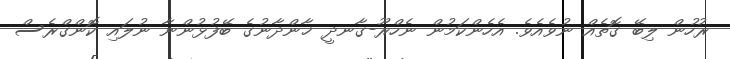
ރުހުން ލިބޭ ގޮތެއް ނުވެއެވެ. އެހެންކަމުން ނެހްރޫ-ގާނދީ ޚާންދާނުގެ ބޭފުޅުންނާ ނުލައި ކޮންގްރެސް